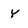
Character: Y